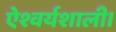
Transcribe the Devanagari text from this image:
ऐश्वर्यशाली।